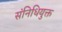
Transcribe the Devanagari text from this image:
संनिधियुक्त